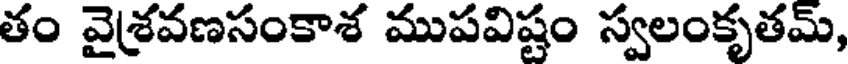
తం వైశవణసంకాశ ముపవిష్టం స్వలంకృతమ్,